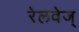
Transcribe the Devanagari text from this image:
रेलवेज्